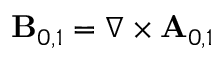
\mathbf { B } _ { 0 , 1 } = \nabla \times \mathbf { A } _ { 0 , 1 }